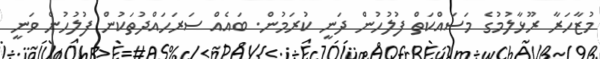
މުޒާހަރާ ރޫޅާލުމުގެ މަސައްކަތް ފުލުހުން ދަނީ ކުރަމުން. ބައެއް ސަރަހައްދުތަކުން ފުލުހުން ވަނީ